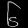
Digit: ၆